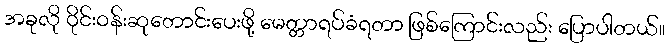
အခုလို ဝိုင်းဝန်းဆုတောင်းပေးဖို့ မေတ္တာရပ်ခံရတာ ဖြစ်ကြောင်းလည်း ပြောပါတယ်။